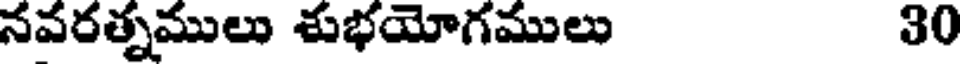
నవరత్నములు శుభయోగములు 30